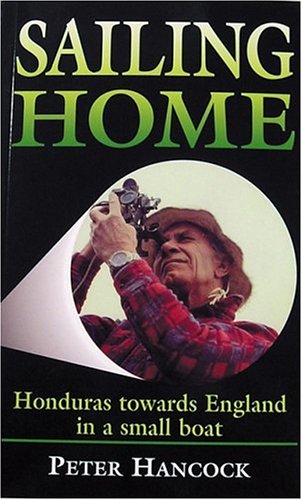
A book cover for Sailing Home; Peter Hancock; Travel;